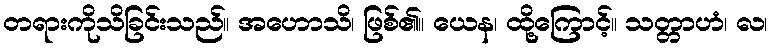
တရားကိုသိခြင်းသည်။ အဟောသိ၊ ဖြစ်၏။ ယေန၊ ထို့ကြောင့်။ သတ္တာဟံ၊ လ၊